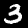
Digit: 3